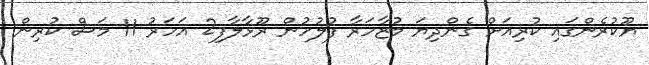
ޔޫކުރެންގައި ކުރިއަށް ގެންދިޔަ މުޒާހަރާ ފުލުހުން ރޫޅާލާފި2 އަހަރު 11 މަސް ކުރިން.